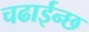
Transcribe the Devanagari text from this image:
चढाईन्छ